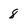
Character: 8